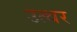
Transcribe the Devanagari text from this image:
उत्थर